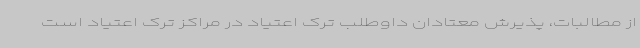
از مطالبات، پذیرش معتادان داوطلب ترک اعتیاد در مراکز ترک اعتیاد است